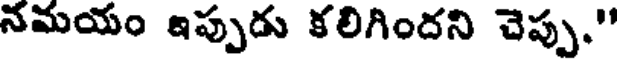
నమయం ఇప్పుడు కలిగిందని చెప్పు."